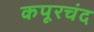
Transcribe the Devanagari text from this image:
कपूरचंद